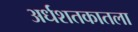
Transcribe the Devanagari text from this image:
अर्धशतकातला